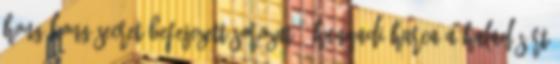
Hong-Kong Secret Befejezett sorozat 1 Hunyadi harca a haladásért